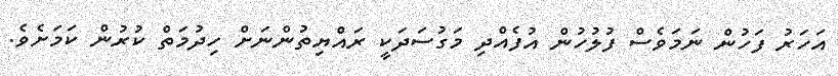
އަހަރު ފަހުން ނަމަވެސް ފުލުހުން އުފެއްދި މަގުސަދަކީ ރައްޔިތުންނަށް ހިދުމަތް ކުރުން ކަމަށެވެ.